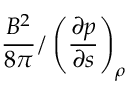
\frac { B ^ { 2 } } { 8 \pi } / \left( \frac { \partial p } { \partial s } \right) _ { \rho }